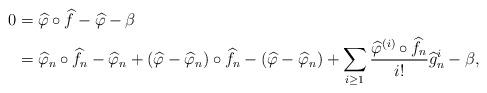
LaTeX: \begin{align*}0&=\widehat{\varphi}\circ\widehat{f}-\widehat{\varphi}-\beta\\ &=\widehat{\varphi}_{n}\circ\widehat{f}_{n}-\widehat{\varphi}_{n}+\left(\widehat{\varphi}-\widehat{\varphi}_{n}\right)\circ\widehat{f}_{n}-\left(\widehat{\varphi}-\widehat{\varphi}_{n}\right)+\sum_{i\geq1}\frac{\widehat{\varphi}^{(i)}\circ\widehat{f}_{n}}{i!}\widehat{g}_{n}^{i} - \beta , \end{align*}